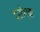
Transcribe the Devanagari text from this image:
द्रोग्बा